Report on vaccination in Madras 1904-1921 - 1904-1921
Year: 1904
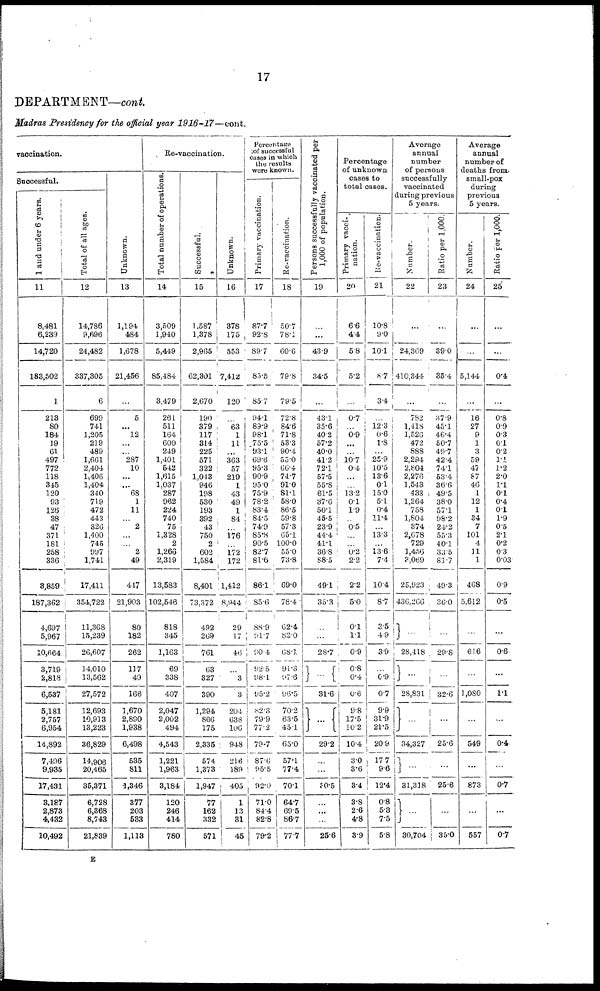
17
DEPARTMENT—cont.
Madras Presidency for the official year 1916-17—cont.
vaccination.
Successful.
1 and under 6 years.
11
8,481
6,239
14,720
183,502
1
213
80
184
19
61
497
772
118
345
120
93
126
38
47
371
181
258
336
3,859
187,362
4,697
5,967
10,664
3,719
2,818
6,537
5,181
2,757
6,954
14,892
7,496
9,935
17,431
3,187
2,873
4,432
10,492
Total of all ages.
12
14,786
9,696
24,482
337,305
6
699
741
1,205
219
489
1,661
2,404
1,406
1,404
340
719
472
443
326
1,400
745
997
1,741
17,411
354,722
11,368
15,239
26,607
14,010
13,562
27,572
12,693
10,913
13,223
36,829
14,906
20,465
35,371
6,728
6,368
8,743
21,839
Unknown.
13
1,194
484
1,678
21,456
...
5
...
12
...
...
287
10
...
...
68
1
11
...
2
...
...
2
49
447
21,903
80
182
262
117
49
166
1,670
2,890
1,938
6,498
535
811
1,346
377
203
533
1,113
Re-vaccination.
Total number of operations
14
3,509
1,940
5,449
85,484
3,479
261
511
164
600
249
1,401
542
1,615
1,037
287
962
224
740
75
1,328
2
1,266
2,319
13,583
102,546
818
345
1,163
69
338
407
2,047
2,002
494
4,543
1,221
1,963
3,184
120
246
414
780
Successful.
15
1,587
1,378
2,965
62,301
2,670
190
379
117
314
225
571
322
1,013
946
198
530
193
392
43
750
2
602
1,584
8,401
73,372
492
269
761
63
327
390
1,294
866
175
2,335
574
1,373
1,947
77
162
332
571
Unknown.
16
378
175
553
7,412
120
...
63
1
11
...
363
57
219
1
43
49
1
84
...
176
...
172
172
1,412
8,944
29
17
46
...
3
3
204
638
106
948
216
189
405
1
13
31
45
Percentage
of successful
cases in which
the results
were known.
Primary vaccination.
17
87.7
92.8
89.7
85.5
85.7
94.1
89.9
98.1
75.5
93.1
69.6
95.3
90.9
95.0
75.9
78.2
83.4
84.5
74.9
85.8
90.5
82.7
81.6
86.11
85.6
88.9
91.7
90.4
92.5
98.1
95.2
82.3
79.9
77.2
79.7
87.6
95.5
92.0
71.0
84.4
82.8
79.2
Re-vaccination.
18
50.7
78.1
60.6
79.8
79.5
72.8
84.6
71.8
53.3
90.4
55.0
66.4
74.7
91.0
81.1
58.0
86.5
59.8
57.3
65.1
100.0
55.0
73.8
69.0
78.4
62.4
82.0
68.1
91.3
97.6
96.5
70.2
63.5
45.1
65.0
57.1
77.4
70.1
64.7
69.5
86.7
77.7
Persons successfully vaccinated per
1,000 of population.
19
...
...
43.9
34.5
...
43.1
35.6
40.2
57.2
40.0
41.2
72.1
57.5
55.8
61.5
37.6
50.1
45.5
23.9
44.4
41.1
368
88.5
49.1
35.3
...
...
28.7
...
31.6
...
29.2
...
...
30.5
...
...
...
25.6
Percentage
of unknown
cases to
total cases.
Primary vacci¬
nation.
20
6.6
4.4
5.8
5.2
...
0.7
...
0.9
...
...
10.7
0.4
...
...
13.2
0.1
1.9
...
0.5
...
...
0.2
2.2
2.2
5.0
0.1
1.1
0.9
0.8
0.4
0.6
9.8
17.5
10.2
10.4
3.0
3.6
3.4
3.8
2.6
4.8
3.9
Re-vaccination.
21
10.8
9.0
10.1
8.7
3.4
...
12.3
0.6
1.8
...
25.9
10.5
13.6
0.1
15.0
5.1
0.4
11.4
...
13.3
...
13.6
7.4
10.4
8.7
3.5
4.9
3.9
...
0.9
0.7
9.9
31.9
21.5
20.9
17.7
9.6
12.4
0.8
5.3
7.5
5.8
Average
annual
number
of persons
successfully
vaccinated
during previous
5 years.
Number.
22
...
...
24,309
410,344
...
782
1,418
1,526
472
888
2,294
2,804
2,276
1,543
433
1,264
758
1,804
374
2,678
729
1,456
3,069
25,923
436,266
...
28,418
...
28,831
...
34,327
...
31,318
...
30,704
Ratio per 1,000.
23
...
...
39.0
35.4
...
37.9
45.1
46.4
50.7
49.7
42.4
74.1
53.4
36.6
49.5
38.0
57.1
98.2
24.2
55.3
40.1
33.5
81.7
49.3
36.0
...
29.8
...
32.6
...
25.6
...
25.6
...
35.0
Average
annual
number of
deaths from
small-pox
during
previous
5 years.
Number.
24
...
...
...
5,144
...
16
27
9
1
3
59
47
87
46
1
12
1
34
7
101
4
11
1
468
5,612
...
616
...
1,080
...
549
...
873
...
557
Ratio per 1,000.
25
...
...
...
0.4
...
0.8
0.9
0.3
0.1
0.2
1.1
1.2
2.0
1.1
0.1
0.4
0.1
1.9
0.5
2.1
0.2
0.3
0.03
0.9
0.5
...
0.6
...
1.1
...
0.4
...
0.7
...
0.7
E